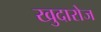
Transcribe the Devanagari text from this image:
खुदारोज